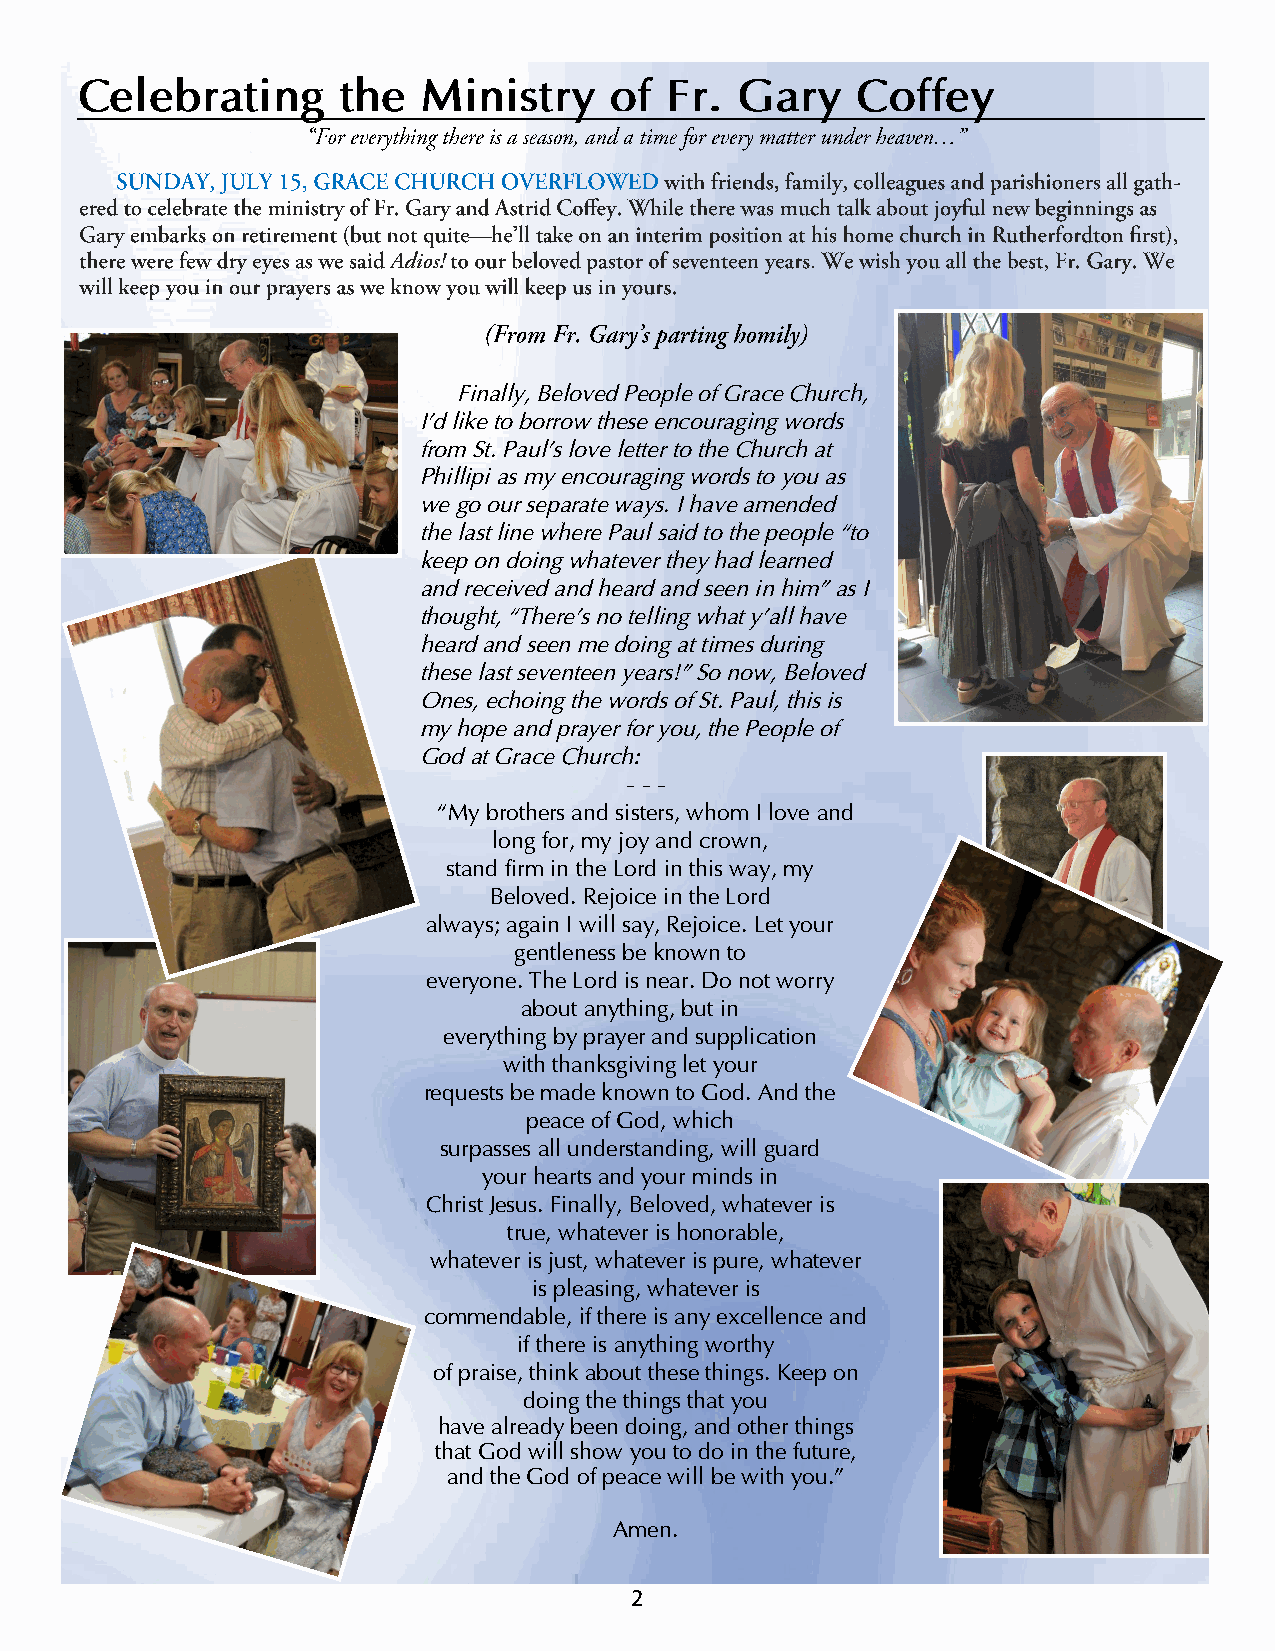
Celebrating      the   Ministry    of  Fr.  Gary    Coffey
 Finally, Beloved People of Grace Church,
 I’d like to borrow these encouraging words
 from St. Paul’s love letter to the Church at
 Phillipi as my encouraging words to you as
 we go our separate ways. I have amended
 the last line where Paul said to the people “to
 keep on doing whatever they had learned
 and received and heard and seen in him” as I
 thought, “There’s no telling what y’all have
 heard and seen me doing at times during
 these last seventeen years!” So now, Beloved
 Ones, echoing the words of St. Paul, this is
 my hope and prayer for you, the People of
 God at Grace Church:
 - - -
 “My brothers and sisters, whom I love and
 long for, my joy and crown,
 stand firm in the Lord in this way, my
 Beloved. Rejoice in the Lord
 always; again I will say, Rejoice. Let your
 gentleness be known to
 everyone. The Lord is near. Do not worry
 about anything, but in
 everything by prayer and supplication
 with thanksgiving let your
 requests be made known to God. And the
 peace of God, which
 surpasses all understanding, will guard
 your hearts and your minds in
 Christ Jesus. Finally, Beloved, whatever is
 true, whatever is honorable,
 whatever is just, whatever is pure, whatever
 is pleasing, whatever is
 commendable, if there is any excellence and
 if there is anything worthy
 of praise, think about these things. Keep on
 doing the things that you
 have already been doing, and other things
 that God will show you to do in the future,
 and the God of peace will be with you.”
 Amen.
 2